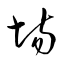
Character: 場